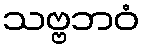
သဗ္ဗဘဝံ